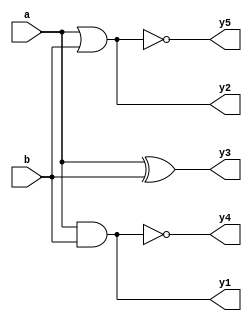
`timescale 1ns / 1ps

module gates(input  [3:0] a, b,
output reg [3:0] y1, y2, y3, y4, y5);
always @(a,b)
begin
y1 = a & b;
y2 = a | b;
y3 = a ^ b;
y4 = ~(a & b);
y5 = ~(a | b);
end
endmodule